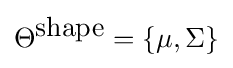
\Theta ^{\mbox{shape}}=\{\mu ,\Sigma \}